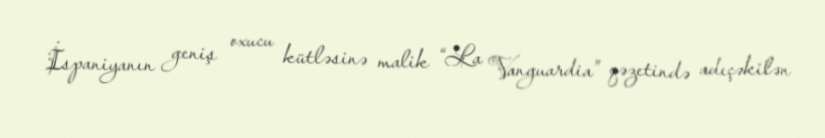
İspaniyanın geniş oxucu kütləsinə malik “La Vanguardia” qəzetində adıçəkilən